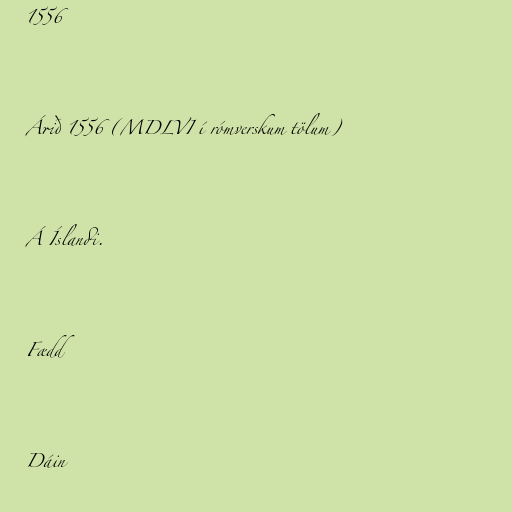
1556

Árið 1556 (MDLVI í rómverskum tölum)

Á Íslandi.

Fædd

Dáin